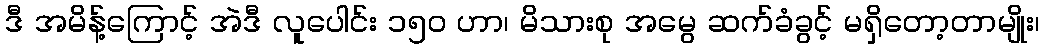
ဒီ အမိန့်ကြောင့် အဲဒီ လူပေါင်း ၁၅ဝ ဟာ၊ မိသားစု အမွေ ဆက်ခံခွင့် မရှိတော့တာမျိုး၊